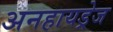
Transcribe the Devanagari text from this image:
अनहायड्रेज